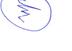
Signature authenticity: forged